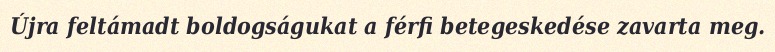
Újra feltámadt boldogságukat a férfi betegeskedése zavarta meg.